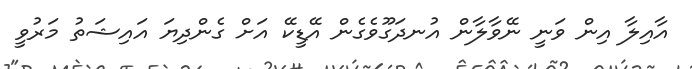
އާއިލާ އިން ވަނީ ނޭވާލާން އުނދަގޫވެގެން އޭޑީކޭ އަށް ގެންދިޔަ އައިޝަތު މަރުވީ